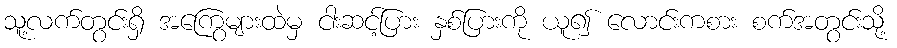
သူ့လက်တွင်းရှိ အကြွေများထဲမှ ငါးဆင့်ပြား နှစ်ပြားကို ယူ၍ လောင်းကစား စက်အတွင်းသို့